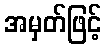
အမှတ်ဖြင့်